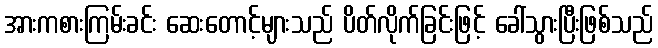
အားကစားကြမ်းခင်း ဆေးတောင့်များသည် ပိတ်လိုက်ခြင်းဖြင့် ခေါ်သွားပြီးဖြစ်သည်